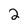
Character: 2